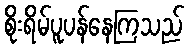
စိုးရိမ်ပူပန်နေကြသည်